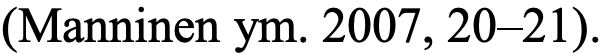
(Manninen ym. 2007, 20–21).